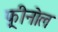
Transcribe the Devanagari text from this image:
फ़्रीनोल